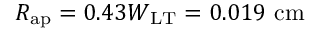
R _ { \mathrm { a p } } = 0 . 4 3 W _ { \mathrm { L T } } = 0 . 0 1 9 ~ \mathrm { c m }